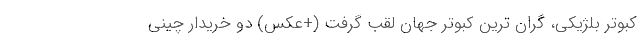
کبوتر بلژیکی، گران ترین کبوتر جهان لقب گرفت (+عکس) دو خریدار چینی